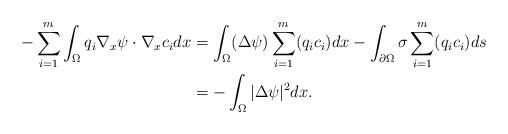
LaTeX: \begin{align*} - \sum_{i=1}^m \int_{\Omega} q_i \nabla_x \psi \cdot \nabla_x c_i dx & =\int_{\Omega} (\Delta \psi) \sum_{i=1}^m (q_ic_i)dx - \int_{\partial \Omega} \sigma \sum_{i=1}^m (q_ic_i)ds \\ & =-\int_{\Omega}|\Delta \psi|^2dx.\end{align*}